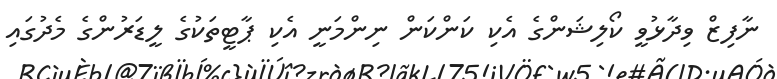
ނާފިޒް ވިދާޅުވީ ކޯލިޝަންގެ އެކި ކަންކަން ނިންމަނީ އެކި ޕާޓީތަކުގެ ލީޑަރުންގެ މެދުގައި